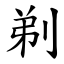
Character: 剃